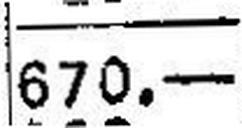
670.—